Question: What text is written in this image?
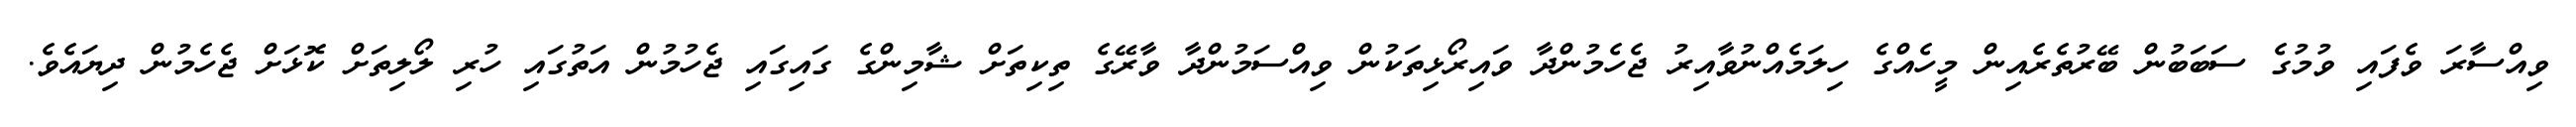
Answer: ވިއްސާރަ ވެފައި ވުމުގެ ސަބަބުން ބޭރުތެރެއިން މީހެއްގެ ހިލަމެއްނުވާއިރު ޖެހެމުންދާ ވައިރޯޅިތަކުން ވިއްސަމުންދާ ވާރޭގެ ތިކިތަށް ޝާމިންގެ ގައިގައި ޖެހުމުން އަތުގައި ހުރި ލޯލިތަށް ކޮޅަށް ޖެހެމުން ދިޔައެވެ.